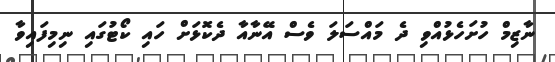
ނާޒިމް ހުށަހެޅުއްވި ދެ މައްސަލަ ވެސް އޭނާއާ ދެކޮޅަށް ހައި ކޯޓުގައި ނިމިފައިވާ